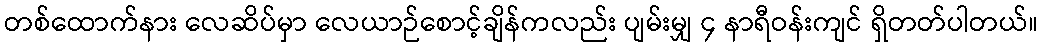
တစ်ထောက်နား လေဆိပ်မှာ လေယာဉ်စောင့်ချိန်ကလည်း ပျမ်းမျှ ၄ နာရီဝန်းကျင် ရှိတတ်ပါတယ်။